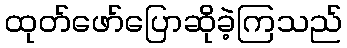
ထုတ်ဖော်ပြောဆိုခဲ့ကြသည်